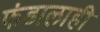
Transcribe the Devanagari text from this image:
फंडालाही